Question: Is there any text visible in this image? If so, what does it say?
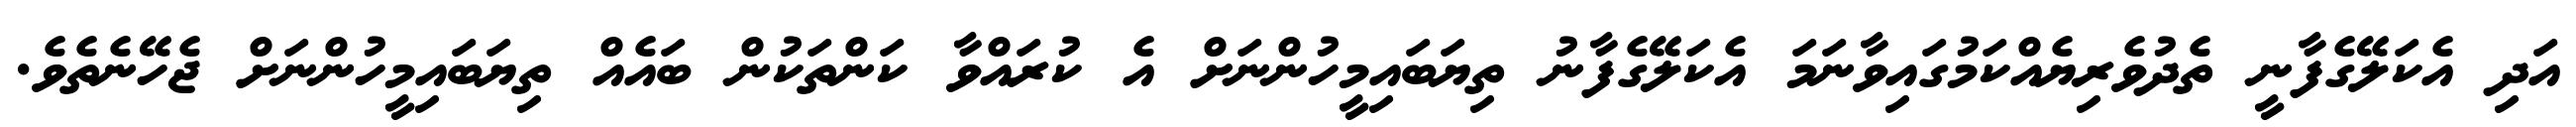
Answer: އަދި އެކަލޭގެފާނީ ތެދުވެރިޔެއްކަމުގައިވާނަމަ އެކަލޭގެފާނު ތިޔަބައިމީހުންނަށް އެ ކުރައްވާ ކަންތަކުން ބައެއް ތިޔަބައިމީހުންނަށް ޖެހޭނެތެވެ.